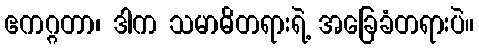
ဧကဂ္ဂတာ၊ ဒါက သမာဓိတရားရဲ့ အခြေခံတရားပဲ။